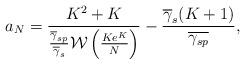
LaTeX: \begin{align*}a_{N} = \frac{K^{2}+K}{\frac{\overline{\gamma}_{sp}}{\overline{\gamma}_{s}} \mathcal{W}\left(\frac{Ke^{K}}{N}\right)} - \frac{\overline{\gamma}_{s}(K+1)}{\overline{\gamma_{sp}}},\end{align*}